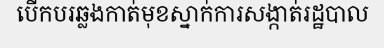
បើកបរឆ្លងកាត់មុខស្នាក់ការសង្កាត់រដ្ឋបាល